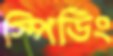
স্পিডিং